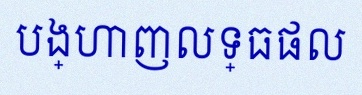
បង្ហាញលទ្ធផល